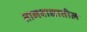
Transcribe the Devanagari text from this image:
तालवाद्यातील